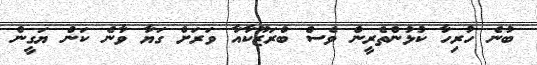
ބުނެ ހުރިހާ ކުޅުންތެރީން ވެސް ބްރަޒޫކާއާ ވަރަށް ގަޔާ ވާނެ ކަން ޔަގީން